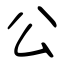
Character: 公